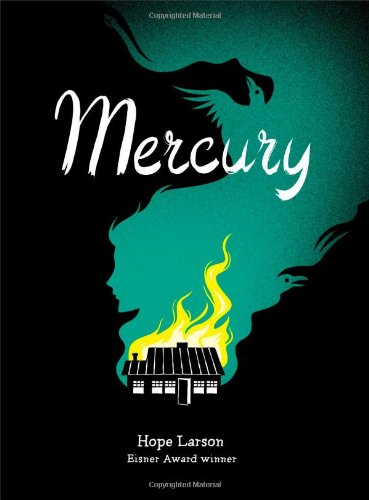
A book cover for Mercury; Hope Larson; Teen & Young Adult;